Bréfritari: Jónatan Daníelsson
Viðtakandi: Jón Borgfirðings Jónsson
Dagsetning: A-1867-07-06
Skrifað á: Grímsey  Eyf.

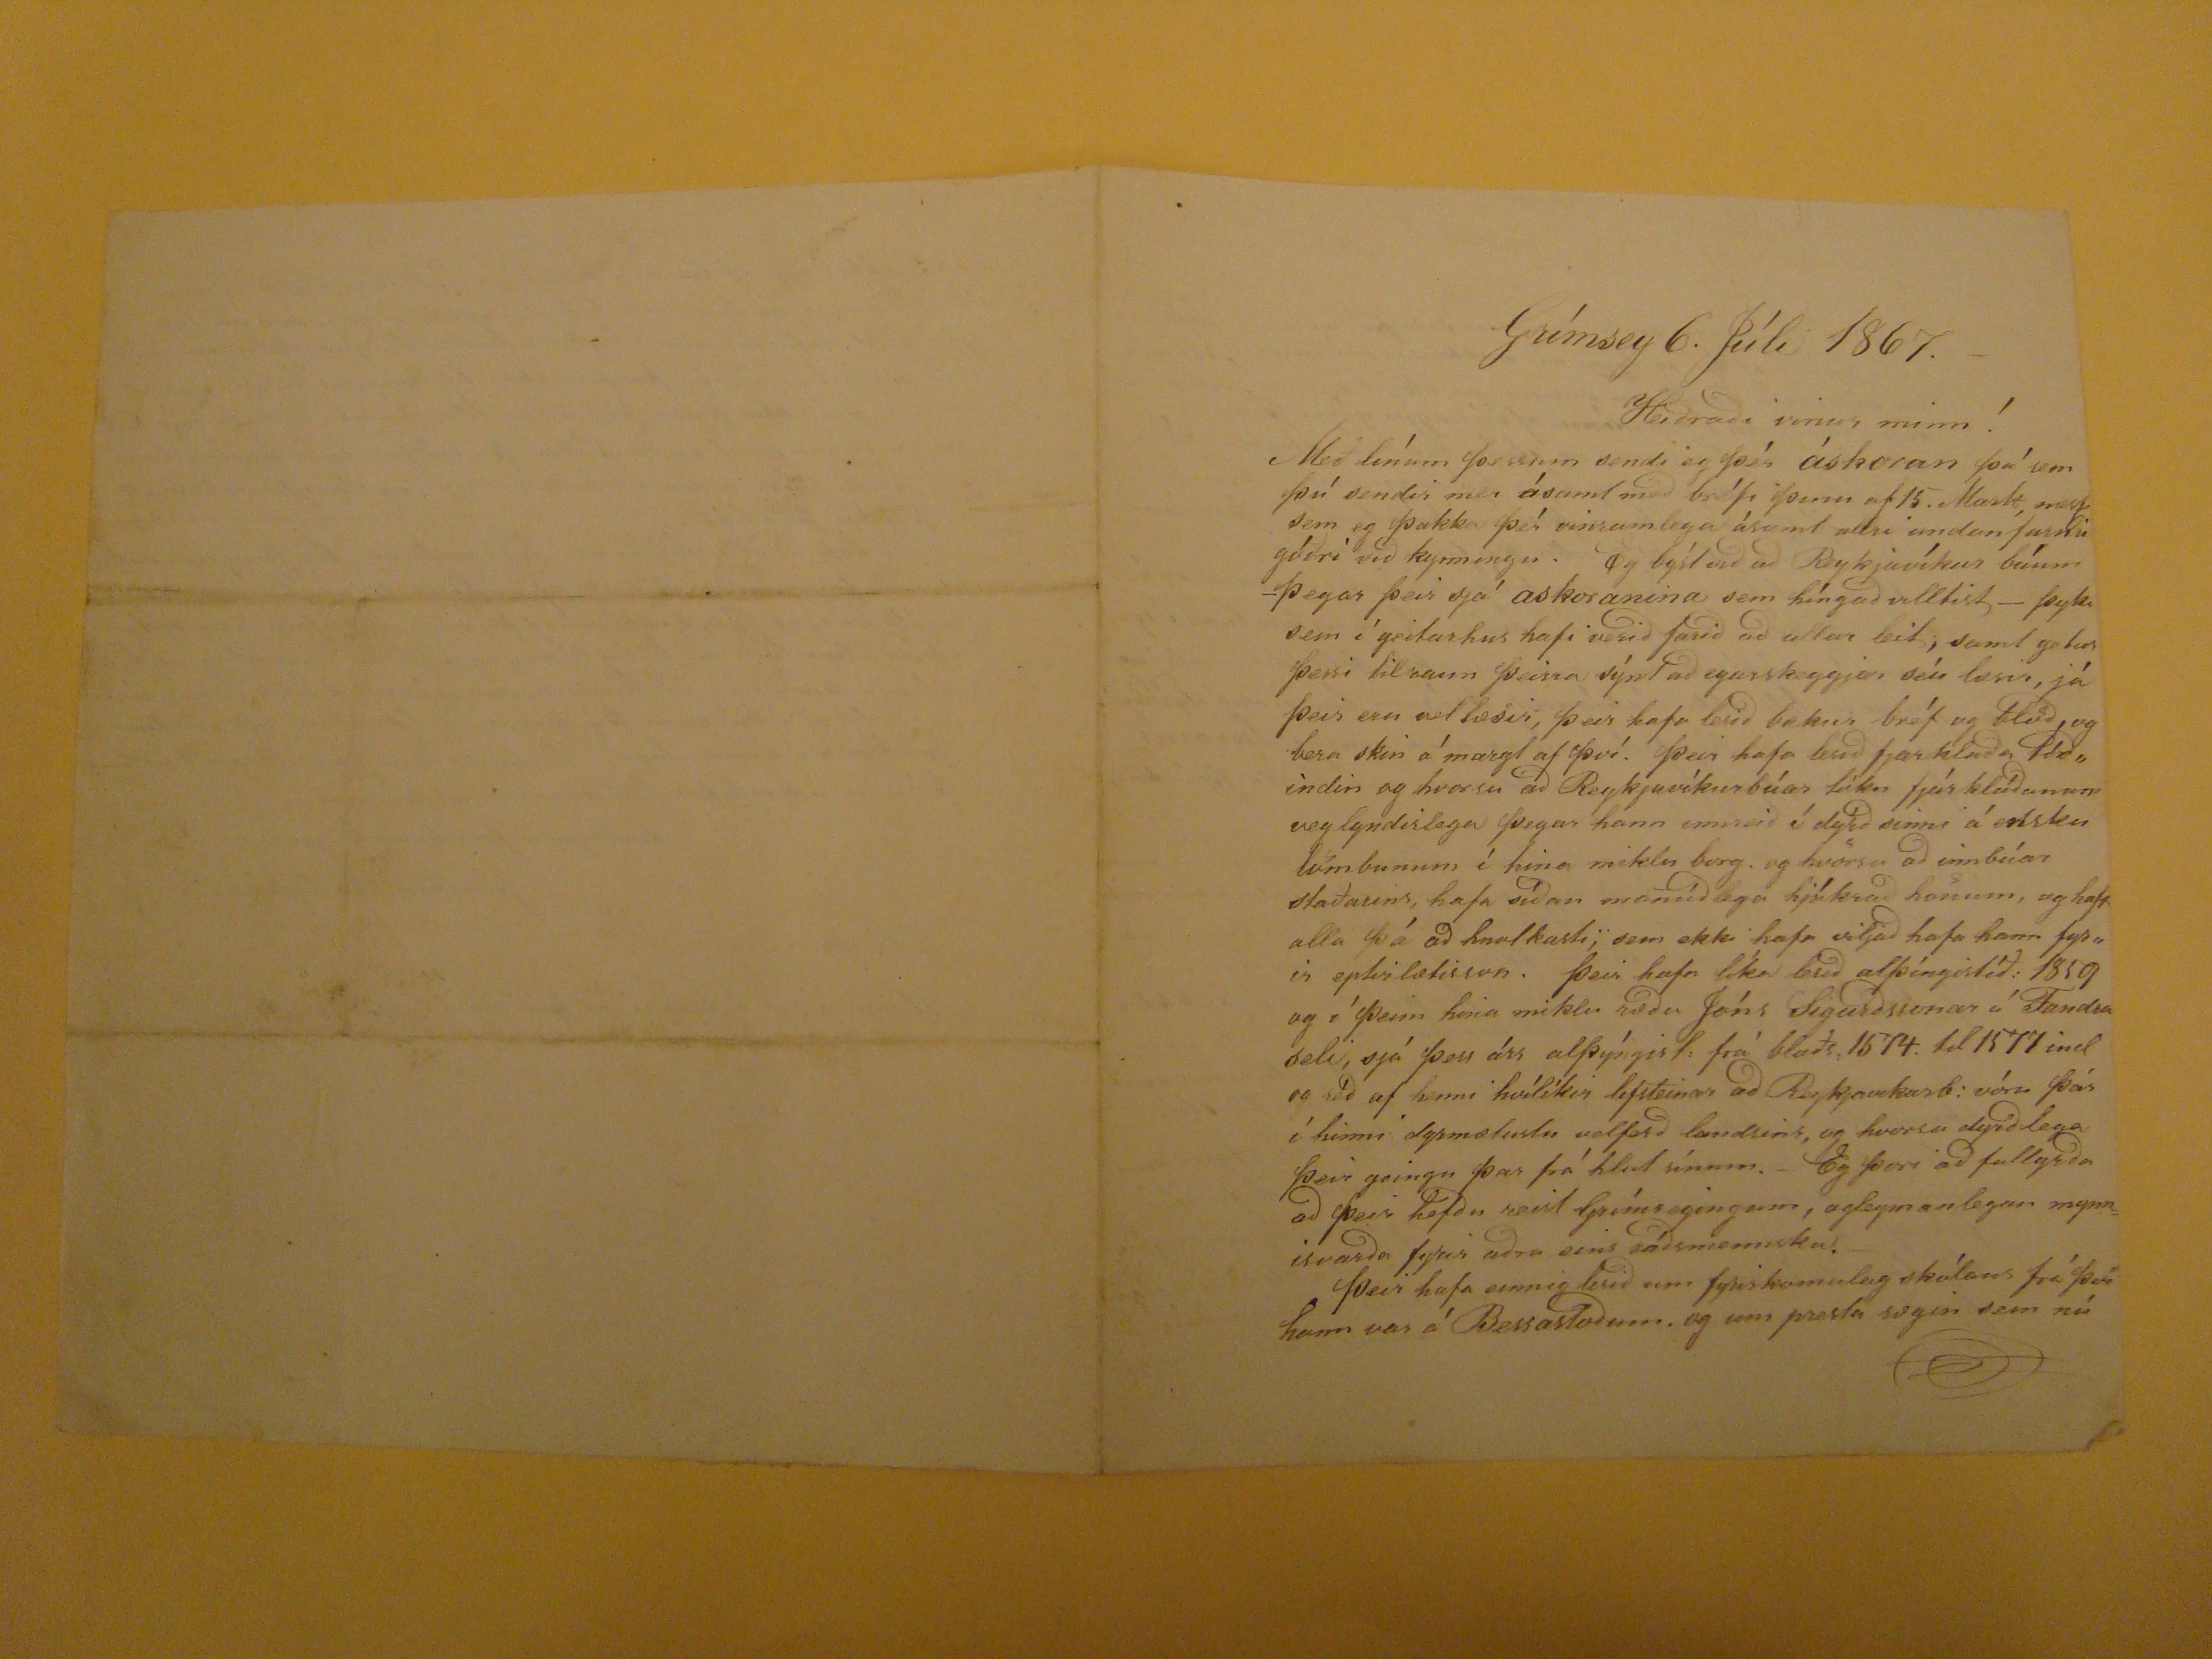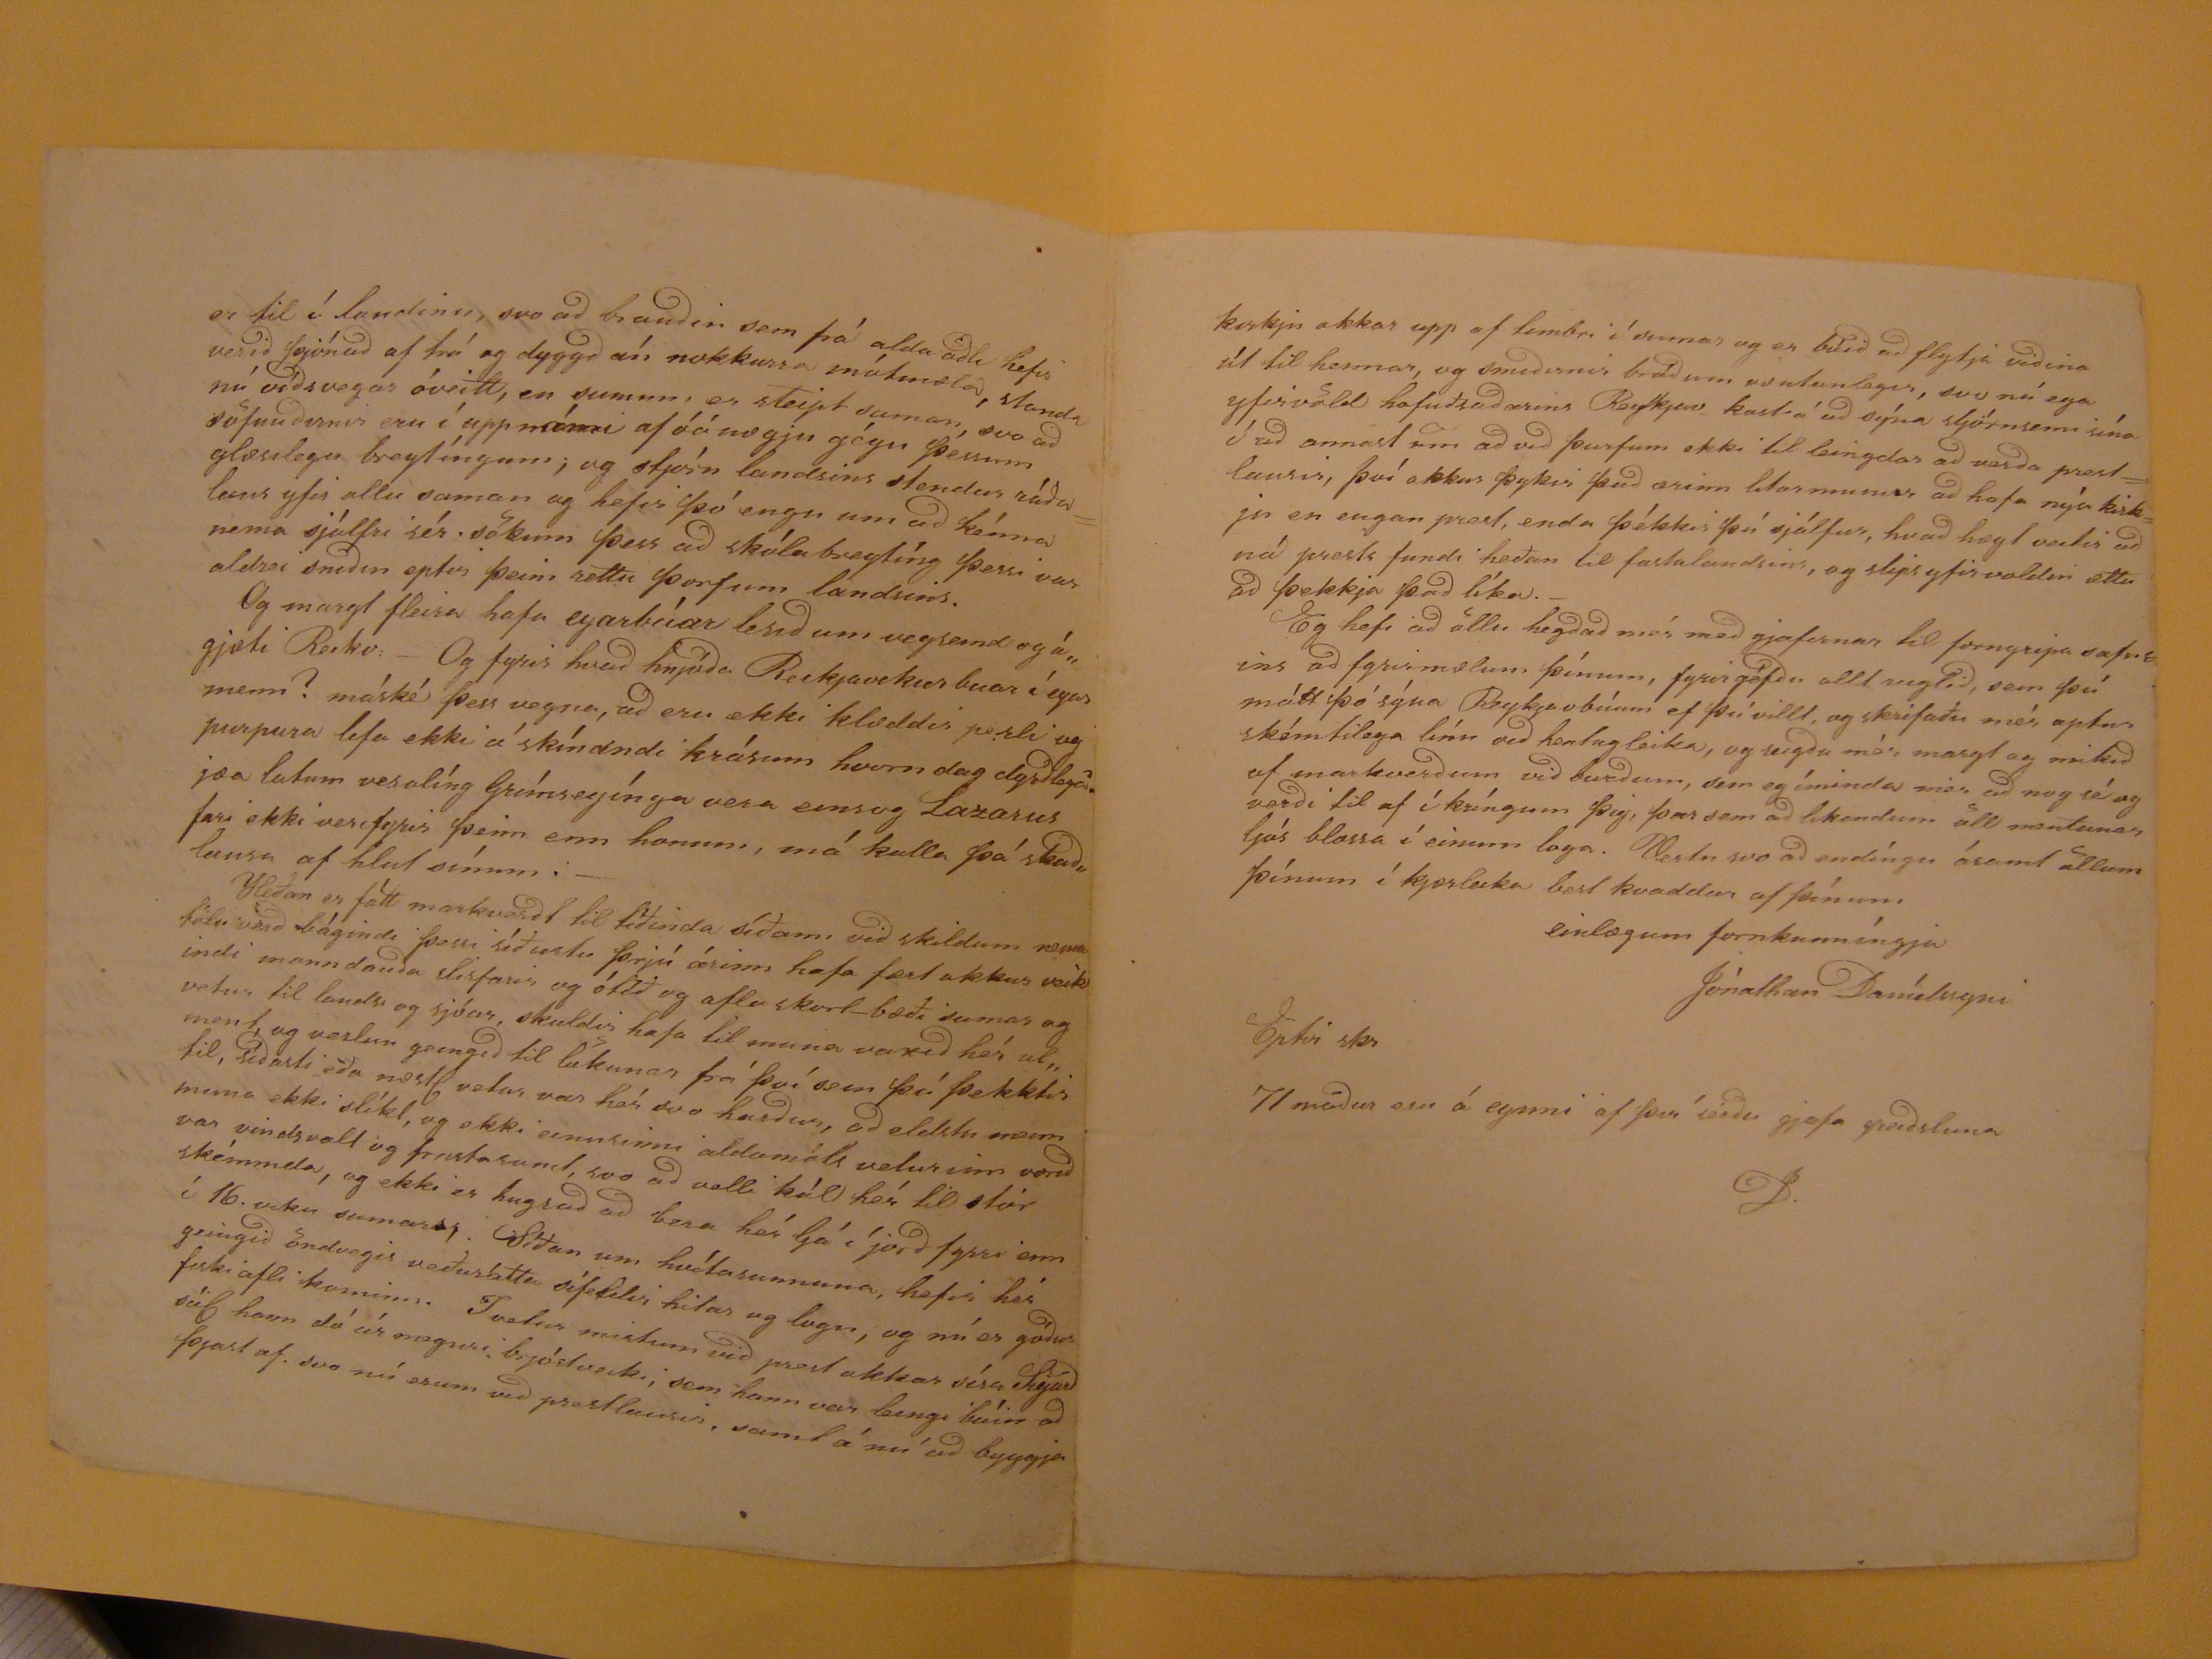

Grímsey 6. Júli 1867.
Heiðraði vinur minn!
MEð línum þessum sendi eg þér
áshoran
þá sem þú sendir mer ásamt með bréfi þinu af 15.
Marslt, mest
sem eg þakka þér vinsamlega ásamt allri undan farnri góðri við kynningu. Eg býst við að Reykjavíkur búum -Þegar þeir sjá askoranina sem híngað villtist- þyki sem í geitarhus hafi verið farið að ullar vit, sant getur þessi tilraun þeirra sýnt að eyarskeggjar séu losi, já þeir eru vel
lesir
, þeir hafa leisð bækur bréf og bl0ð og bera skin á margt af því. Þeir hafa lesið fjarhlaða
tið,,
indin og hvorsu að Reykjavíkurbúar
líkn
fjár kláðanum veglyndislega þegar hann innreið í dýrð sinni á
elsku
lömunum í hina miklu borg. og hvörsu að innbúar staðarins, hafa síðan manúðlega hjúkrað honum, og haft alla þá að hnolkasti; sem ekki hafa viljað hafa hann fyr,,ir eptirlætisson. Þeir hafa líka lesið alþíngistíð: 1859 og í þeim hina miklu ræðu Jóns Sigurðssonar á Fandraseli, sjá þess árs alþýngist: frá blaðs: 1574. til 1577 ind og séð af henni hvílíkir
lefsteinar
að Rykjavikurb: vóru þár í hinni dyrmætustu velferð landsins, og hvorsu dyrðlega þeir geingu þar frá hlut sínum. Eg þori að fullyrða að þeir hefðu reist Grímseyingum, ogleymanlegum mynnisvarða
fyar
aðra eins ráðsmennsu. Þeir hafa einnig lesið um fyrirkomulag skólans frá því hann var á Bessastoðum. og um presta sogin sem nú
er til í landinu, svo að brauðin sem þá frá alda öðli hefir verið þjónað af trú og dyggð án nokkurra mótmæla, standa nú víðsvegar óveitt, en sumum er steipt saman, svo að söfnuðirnir eru í uppnámi af óánægju gégn þessum glæsilegu breytíngum; ogstjórn landsins stendur ráðalaus yfir ollu saman og hefir þó engu um að kénna nema sjálfri sér sökum þess að skólabreytíng þessi var aldrei sniðin eptir þeim settu þorfum landsins. Og margt fleira hafa eyarbúar lesið um vegsemd og ágjæti Reikv: - Og fyrir hvað hnjúða Reikjavekur buar í eyar menn? máské þess vegna, að eru ekki klæddir perli og purpura lifa ekki á skínandi krásum hvurn dag dyrðlega? jæa lutum vesalíng Grímseyínga vera einsog Lazarus fari ekki
vesofyrir
þeim enn honum, má kalal þá skaðlausa af hlut sínum. - Heðan er fátt markverðt til tíðinda síðann við skildum nema tölu verð bágindi þessi síðustu þrjú árinn hafa fært okkur veikindi manndauða slisfarir og ótíð og afla skort-bæði sumar og vetur til lands og sjóar, skuldir hafa til muna vaxið hér alment, og verlun geingið til lukunar frá því sem þú þekktir til, síðasti eða næstl vetur var hér svo harður, að eldstu menn muna ekki slíkt, og ekki einusinnni aldamóts veturinn vorið var vindsvalt og
finstasund,
svo að
velli kál
hér til stór skémmda, og ekki er hugsað að bera hér ljá í jörð fyrri enn í 16. viku sumars. Síðan um hvítasunnuna, hefir hér geingið öndvegis veðurátta sífeldis hitar og logn, og nú er góður fiski afli kominn. I vetur mistum við prest okkar séra Sigurð sál hann dó úr megnri brjóstveiki, sem hann var leingi búin að þjast af. svo nú erum við prestlausir, samt á nú að byggja
kirkju okkar upp af timbri í sumar og er búið að flytja viðina út til hennar, og smiðirnir bráðum
osulunlegir
, svo nú ega yfirvöld hofuðsaðarins Reykjav kost á að sýna sljórnsemi sína í að annast um að við þurfum ekki til leingdar að verða prestlausir, því okkur þykir það ærinn
litarmunur
að hafa nýa kirkju en engan prest, enda þékkir þú sjálfur, hvað hægt
veitir
að ná prests fundi heðan til fastalandsins, og slips yfir voldin ættu að þekkja að líka.- Eg hefi að öllu hegðað mér með gjafirnar til forngripa safnins að fyrirmælum þínum, fyrirgéfðu allt ruglið, sem þú mátt þó sýna Reykjavbúum ef þú villt, og skrifaðu mér aptur skémtilega línu við hentugleika, og seigðu mér margt og mikið af markverðum við burðum, sem eg íminda mér að nog sé og verði til af í kríngum þig, þar sem að likindum öll mentunar ljós blossa í einum loga. Vertu svo að endíngu ásamt öllum þínum í kjærleika best kvaddur af þínum
einlægum fornkunníngja
Jónathan Daníelssyni
Eptir skr
71 maður eru á eynni af því seiðu gjafa greiðsluna
JD.